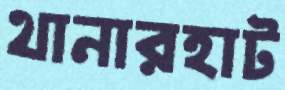
থানারহাট